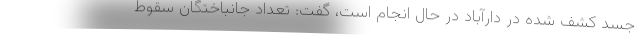
جسد کشف شده در دارآباد در حال انجام است، گفت: تعداد جانباختگان سقوط